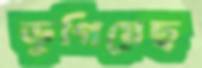
ভুগিয়েছ